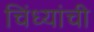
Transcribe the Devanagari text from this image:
चिंध्यांची